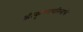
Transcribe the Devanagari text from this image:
श्रीकृष्णचरित्राचे